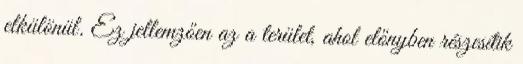
elkülönül. Ez jellemzően az a terület, ahol előnyben részesítik